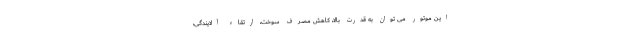
این موتور می توان به قدرت بالا، کاهش مصرف سوخت، ارتقاء آلایندگی،